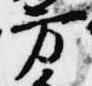
方